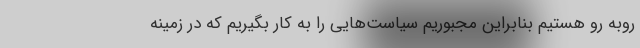
روبه رو هستیم بنابراین مجبوریم سیاست‌هایی را به کار بگیریم که در زمینه